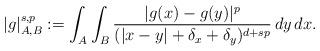
LaTeX: \begin{align*} |g|_{A,B}^{s,p} := \int_A \int_{B} \frac{|g(x)-g(y)|^p}{(|x-y|+\delta_x+\delta_y)^{d+sp}}\,dy\,dx.\end{align*}